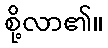
စို့လာ၏။